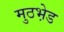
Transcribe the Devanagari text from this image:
मुठभ़ेड